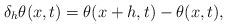
LaTeX: \begin{align*}\delta_h\theta(x,t)=\theta(x+h,t)-\theta(x,t),\end{align*}